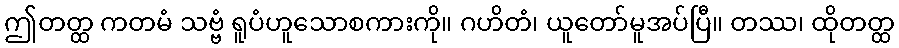
ဤတတ္ထ ကတမံ သဗ္ဗံ ရူပံဟူသောစကားကို။ ဂဟိတံ၊ ယူတော်မူအပ်ပြီ။ တဿ၊ ထိုတတ္ထ